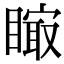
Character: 𥊁